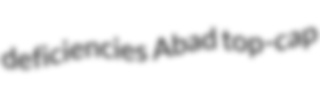
deficiencies Abad top-cap